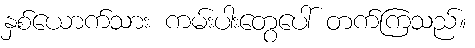
နှစ်ယောက်သား ကမ်းပါးတွေပေါ် တက်ကြသည်။